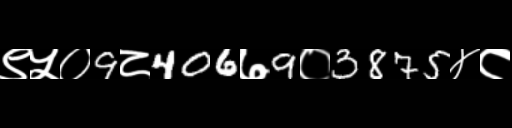
Text: ९५०9८406७9०3875४८